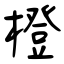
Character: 橙